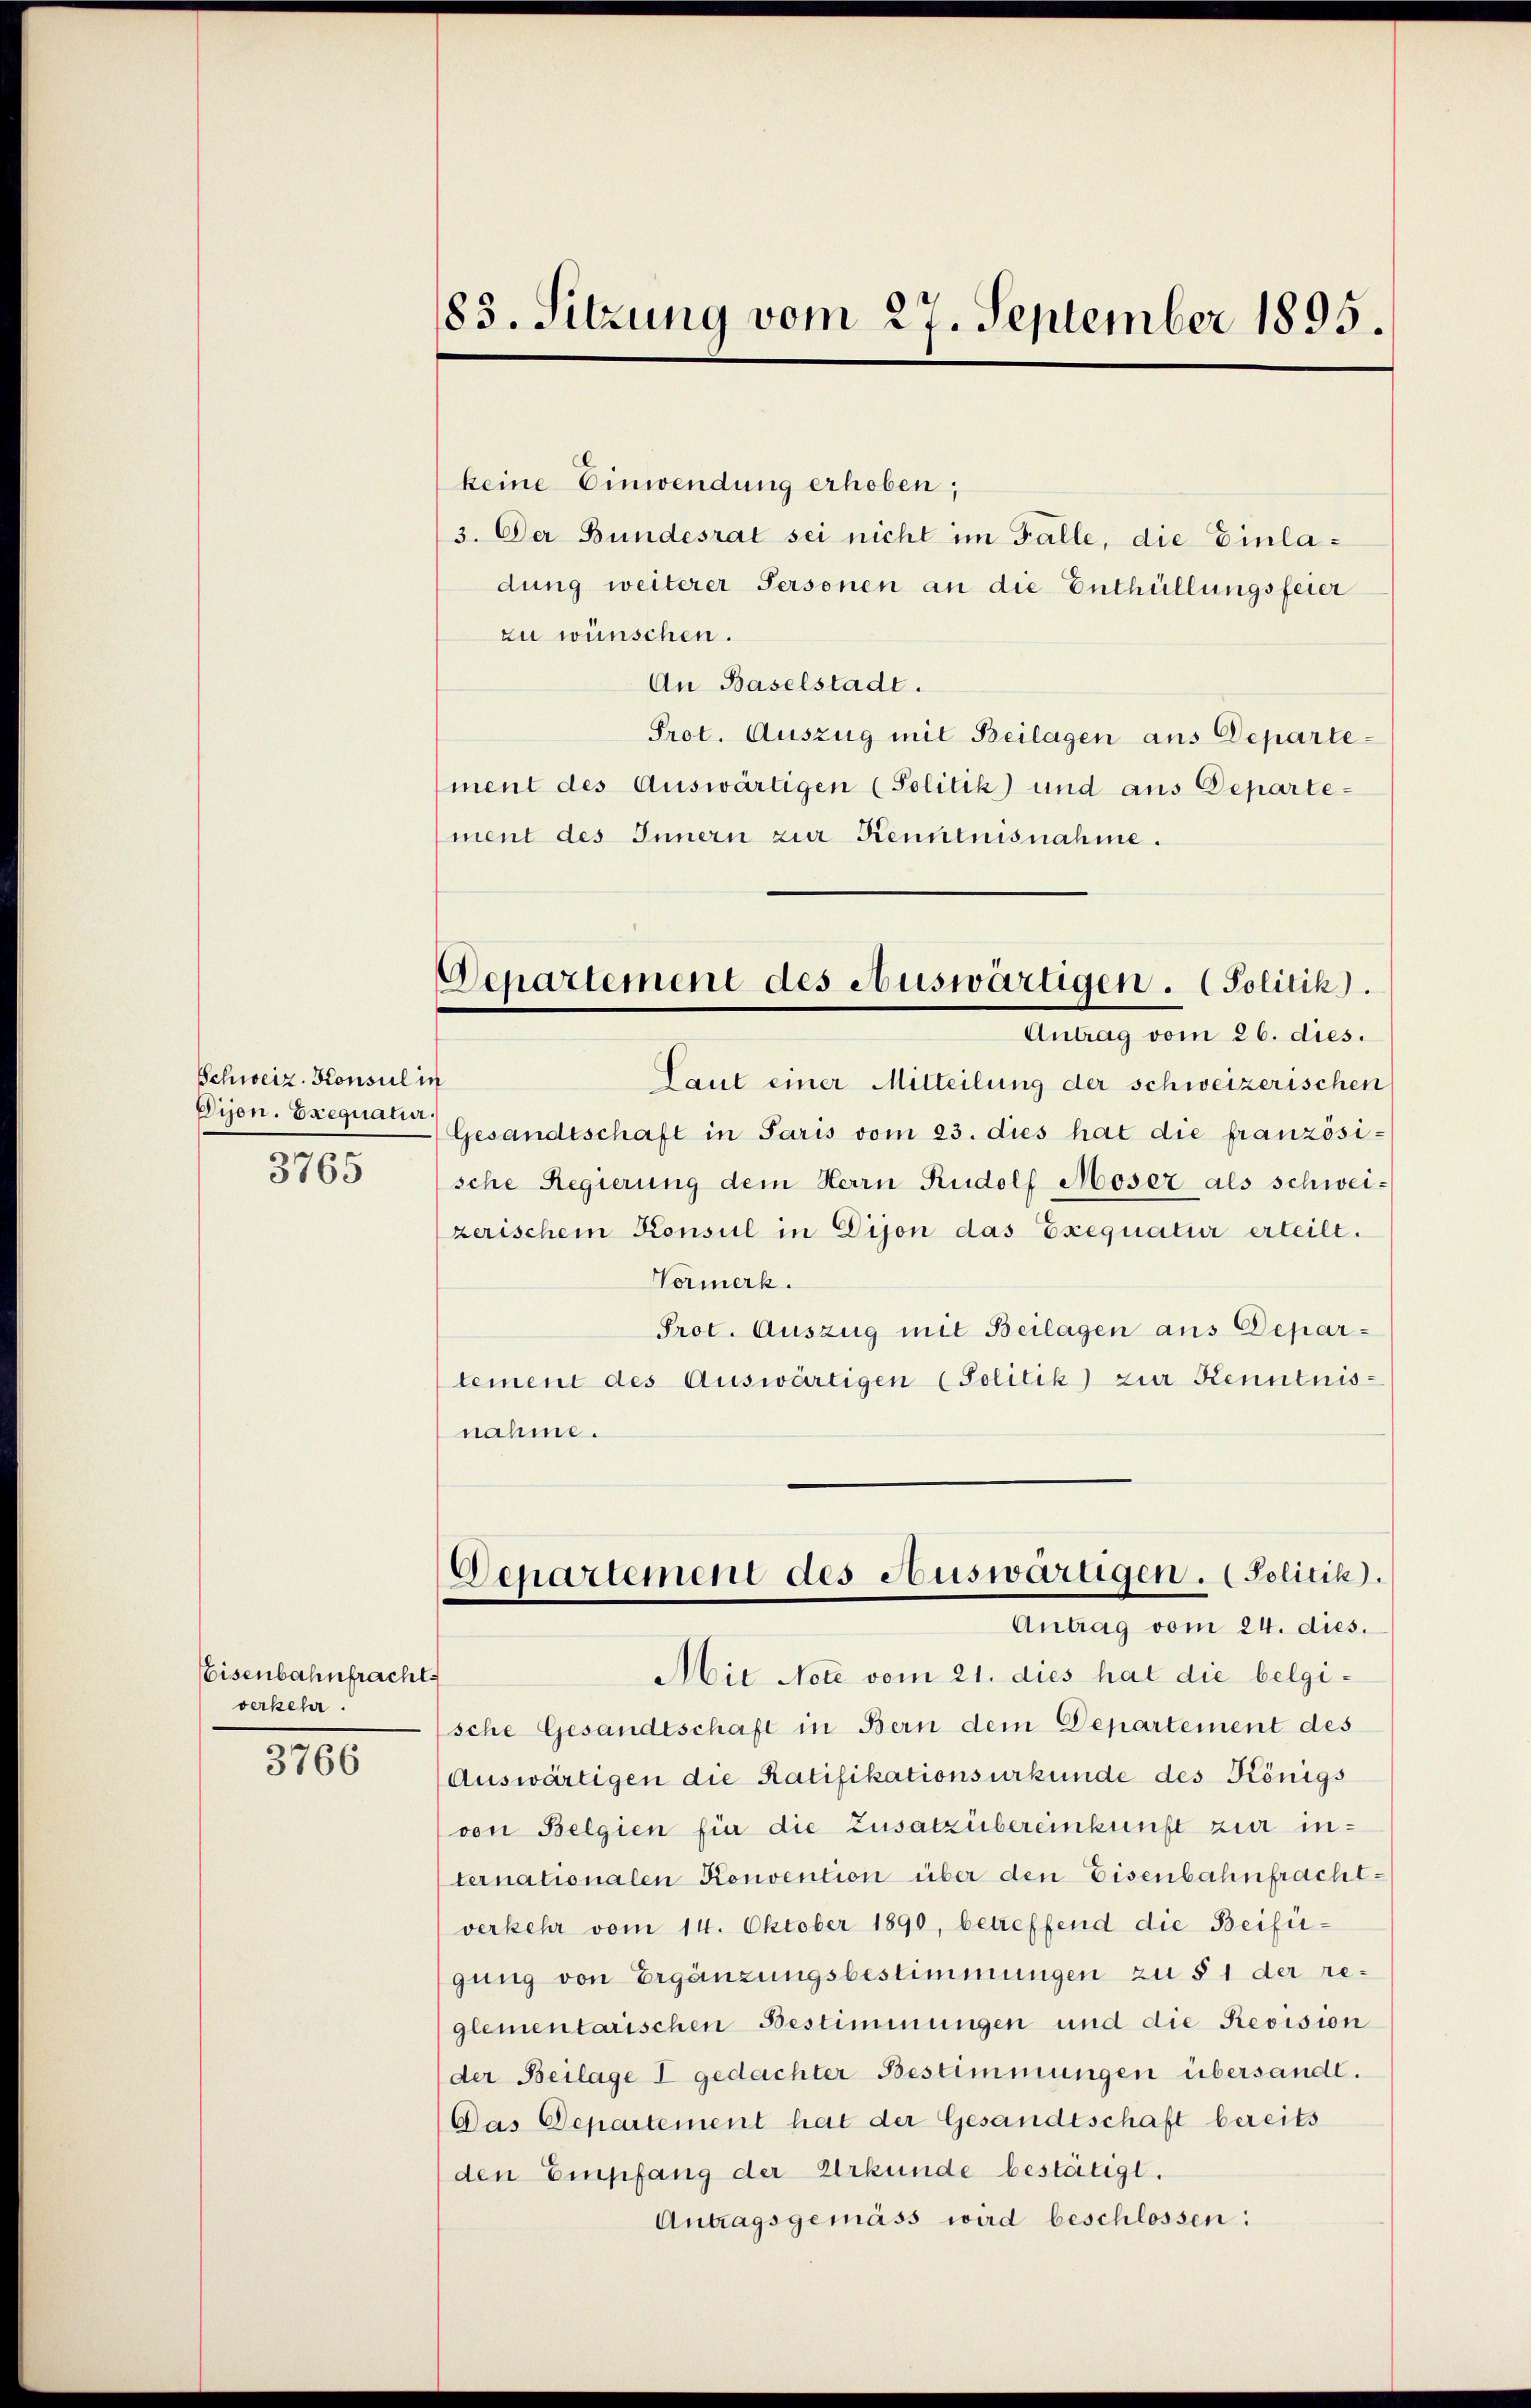
Schweiz. Konsul in
Dijon. Exequatur.
3765

Eisenbahnfracht
verkehr

3766

183. Sitzung vom 27. September 1895.

keine Einwendung erhoben;
3. Der Bundesrat sei nicht im Falle, die Einladung weiterer Personen an die Enthüllungsfeier
zu wünschen.
An Baselstadt.
Prot. Auszug mit Beilagen aus Departement des Auswärtigen (Politik) und aus Departement des Innern zur Kenntnisnahme.
Laut einer Mitteilung der schweizerischen
Gesandtschaft in Paris vom 23. dies hat die französi-
sche Regierung dem Herrn Rudolf Moser als schweizerischem Konsul in Dijon das Exequatur erteilt.
Vormerk.
Prot. Auszug mit Beilagen aus Departement des Auswärtigen (Politik) zur Kenntnis-
nahme.
Departement des Auswarügen. (Politik.
Antrag vom 24. dies.
Mit Netz vom 21. dies hat die belgische Gesandtschaft in Bern dem Departement des
Auswärtigen die Ratifikationsurkunde des Königs
von Belgien für die Zusatzübereinkunft zur internationalen Konvention über den Eisenbahnfracht-
verkehr vom 14. Oktober 1890, betreffend die Beifügung von Ergänzungsbestimmungen zu § 1 der reglementarischen Bestimmungen und die Revision
(der Beilage I gedachter Bestimmungen übersandt.
Das Departement hat der Gesandtschaft bereits
den Empfang der Urkunde bestätigt.
Antragsgemäss wird beschlossen:

Departement des Auswärtigen. Politik).
Antrag vom 26. dies.